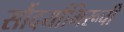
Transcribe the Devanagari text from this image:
सौंदर्याभिरूची